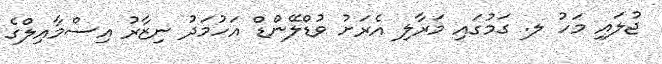
ޖުލައި މަހު ލ. ގަމުގައި މަރާލި އެރަށު ވުޑްލޭންޑް އަހުމަދު ނިޒާރު އިސްމާއިލްގެ